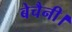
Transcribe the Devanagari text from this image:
बेचैनी।